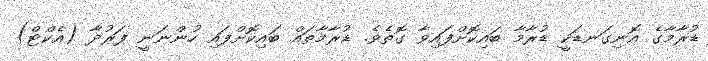
ޑުރާމާގެ އޮނިގަނޑަކީ ޑުރާމާ ބައިކޮށްފައިވާ ގޮތެވެ. ޑުރާމާތައް ބައިކޮށްފައި ހުންނަނީ ފަރުދާ (އެކްޓް)